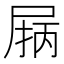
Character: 𰍽